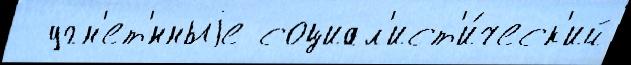
  угн'ет'́нныjе социал'ист'и́ческ'ий